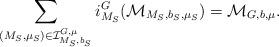
LaTeX: \begin{align*}\sum\limits_{(M_S, \mu_S) \in \mathcal{I}^{G, \mu}_{M_S, b_S}} i^G_{M_S}(\mathcal{M}_{M_S, b_S, \mu_S})=\mathcal{M}_{G, b, \mu}.\end{align*}